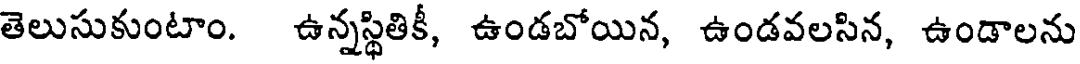
తెలుసుకుంటాం. ఉన్నస్థితికీ, ఉండబోయిన, ఉండవలసిన, ఉండాలను